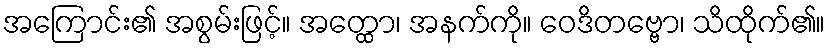
အကြောင်း၏ အစွမ်းဖြင့်။ အတ္ထော၊ အနက်ကို။ ဝေဒိတဗ္ဗော၊ သိထိုက်၏။